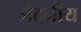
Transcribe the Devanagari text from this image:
मेदनीय